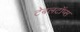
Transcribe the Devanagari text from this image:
टेबलटॉप्स